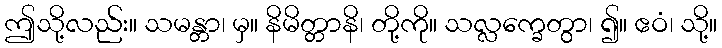
ဤသို့လည်း။ သမန္တာ၊ မှ။ နိမိတ္တာနိ၊ တို့ကို။ သလ္လက္ခေတွာ၊ ၍။ ဧဝံ၊ သို့။